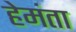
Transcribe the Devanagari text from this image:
हेमंता